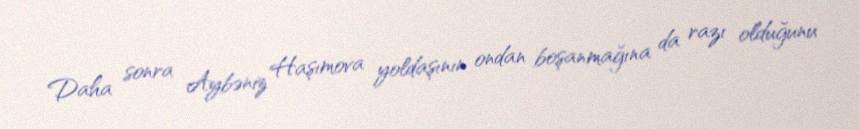
Daha sonra Aybəniz Haşımova yoldaşının ondan boşanmağına da razı olduğunu